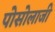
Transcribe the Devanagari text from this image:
पोसोलाजी